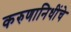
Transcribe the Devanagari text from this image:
करुणानिधींचे